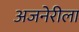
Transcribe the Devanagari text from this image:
अजनेरीला